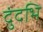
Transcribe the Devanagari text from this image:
दुंदभि